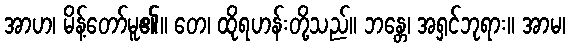
အာဟ၊ မိန့်တော်မူ၏။ တေ၊ ထိုရဟန်းတို့သည်။ ဘန္တေ၊ အရှင်ဘုရား။ အာမ၊